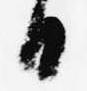
日